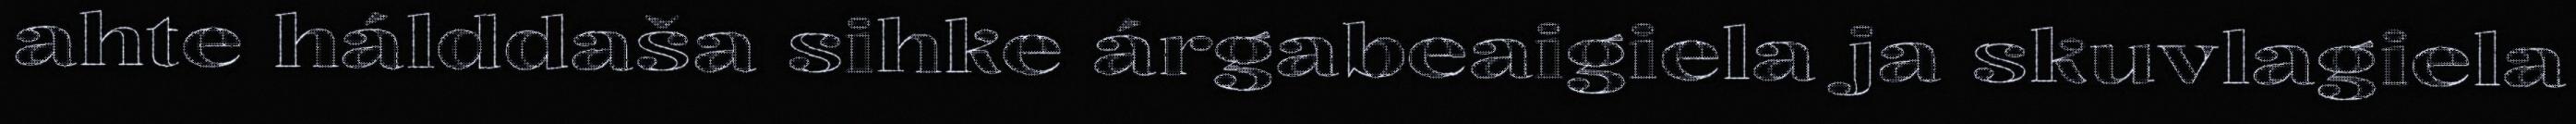
ahte hálddaša sihke árgabeaigiela ja skuvlagiela